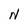
Character: N